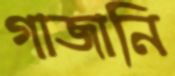
গাজানি